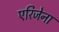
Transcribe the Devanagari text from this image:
एरिजेना